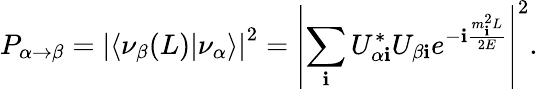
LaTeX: P_{\alpha\rightarrow\beta}=\left|\left\langle\left.\nu_{\beta}(L)\right|\nu_{\alpha}\right\rangle\right|^{2}=\left|\sum_{\mathbf{i}}U_{\alpha\mathbf{i}}^{*}U_{\beta\mathbf{i}}e^{-\mathbf{i}{\frac{{m_{\mathbf{i}}^{2}L}}{{2E}}}}\right|^{2}.